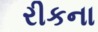
રીકના